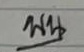
บน